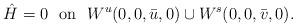
LaTeX: \begin{align*}\hat{H}=0\ \ \textrm{on}\ \ W^u(0,0,\bar{u},0)\cup W^s(0,0,\bar{v},0).\end{align*}